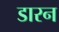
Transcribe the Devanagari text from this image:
डारन